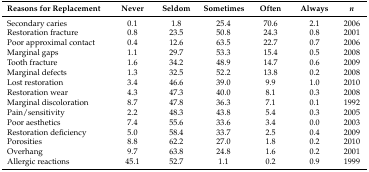
<table><thead><tr><td><b>Reasons for Replacement</b></td><td><b>Never</b></td><td><b>Seldom</b></td><td><b>Sometimes</b></td><td><b>Often</b></td><td><b>Always</b></td><td><b><i>n</i></b></td></tr></thead><tbody><tr><td>Secondary caries</td><td>0.1</td><td>1.8</td><td>25.4</td><td>70.6</td><td>2.1</td><td>2006</td></tr><tr><td>Restoration fracture</td><td>0.8</td><td>23.5</td><td>50.8</td><td>24.3</td><td>0.8</td><td>2001</td></tr><tr><td>Poor approximal contact</td><td>0.4</td><td>12.6</td><td>63.5</td><td>22.7</td><td>0.7</td><td>2006</td></tr><tr><td>Marginal gaps</td><td>1.1</td><td>29.7</td><td>53.3</td><td>15.4</td><td>0.5</td><td>2008</td></tr><tr><td>Tooth fracture</td><td>1.6</td><td>34.2</td><td>48.9</td><td>14.7</td><td>0.6</td><td>2009</td></tr><tr><td>Marginal defects</td><td>1.3</td><td>32.5</td><td>52.2</td><td>13.8</td><td>0.2</td><td>2008</td></tr><tr><td>Lost restoration</td><td>3.4</td><td>46.6</td><td>39.0</td><td>9.9</td><td>1.0</td><td>2010</td></tr><tr><td>Restoration wear</td><td>4.3</td><td>47.3</td><td>40.0</td><td>8.1</td><td>0.3</td><td>2008</td></tr><tr><td>Marginal discoloration</td><td>8.7</td><td>47.8</td><td>36.3</td><td>7.1</td><td>0.1</td><td>1992</td></tr><tr><td>Pain/sensitivity</td><td>2.2</td><td>48.3</td><td>43.8</td><td>5.4</td><td>0.3</td><td>2005</td></tr><tr><td>Poor aesthetics</td><td>7.4</td><td>55.6</td><td>33.6</td><td>3.4</td><td>0.0</td><td>2003</td></tr><tr><td>Restoration deficiency</td><td>5.0</td><td>58.4</td><td>33.7</td><td>2.5</td><td>0.4</td><td>2009</td></tr><tr><td>Porosities</td><td>8.8</td><td>62.2</td><td>27.0</td><td>1.8</td><td>0.2</td><td>2010</td></tr><tr><td>Overhang</td><td>9.7</td><td>63.8</td><td>24.8</td><td>1.6</td><td>0.2</td><td>2001</td></tr><tr><td>Allergic reactions</td><td>45.1</td><td>52.7</td><td>1.1</td><td>0.2</td><td>0.9</td><td>1999</td></tr></tbody></table>